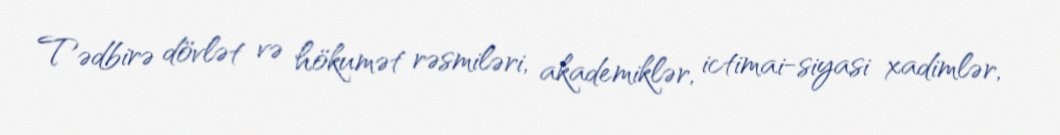
Tədbirə dövlət və hökumət rəsmiləri, akademiklər, ictimai-siyasi xadimlər,